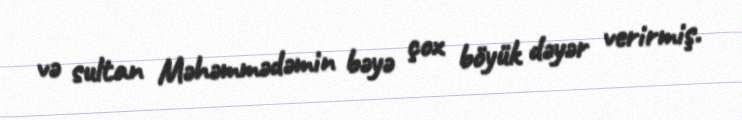
və sultan Məhəmmədəmin bəyə çox böyük dəyər verirmiş.